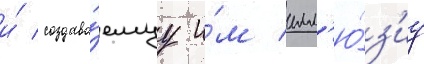
и́ создава́емуу и́м илл'ю́з'иу